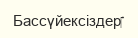
Бассүйексіздер‎